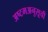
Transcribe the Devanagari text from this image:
अष्टमअनुसूची